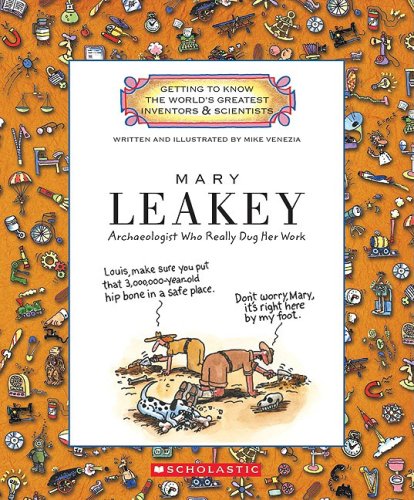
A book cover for Mary Leakey: Archaeologist Who Really Dug Her Work (Getting to Know the World's Greatest Inventors & Scientists); Mike Venezia; Children's Books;